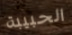
الحبيبة